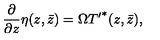
\frac { \partial } { \partial z } \eta ( { z , \bar { z } } ) = \Omega { T ^ { \prime } } ^ { * } ( { z , \bar { z } } ) ,